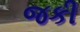
જકી